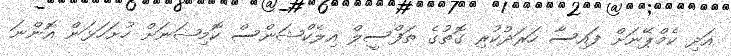
އަދި ކެމްޕޭނަށް ފައިސާ ހަރަދުކުރި ގޮތުގެ ތަފްސީލް އިލެކްޝަންސް ކޮމިޝަނަށް ހުށަހަޅަން އޮންނަ